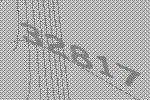
32817